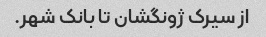
از سیرک ژونگشان تا بانک شهر.